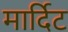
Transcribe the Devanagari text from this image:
मार्दिट